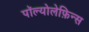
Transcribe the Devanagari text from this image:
पॉल्योलेफ़िन्स